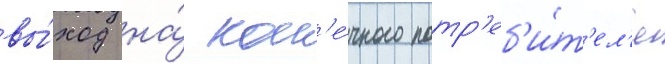
вы́ход на́ кон'е́чного потр'еб'и́т'ел'я